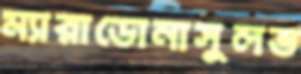
ম্যারাডোনাসুলভ